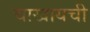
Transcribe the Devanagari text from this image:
चाखायची